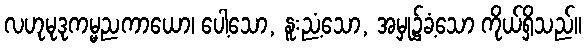
လဟုမုဒုကမ္မညကာယော၊ ပေါ့သော, နူးညံ့သော, အမှု၌ခံ့သော ကိုယ်ရှိသည်။